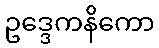
ဥဒ္ဒေကနိကော